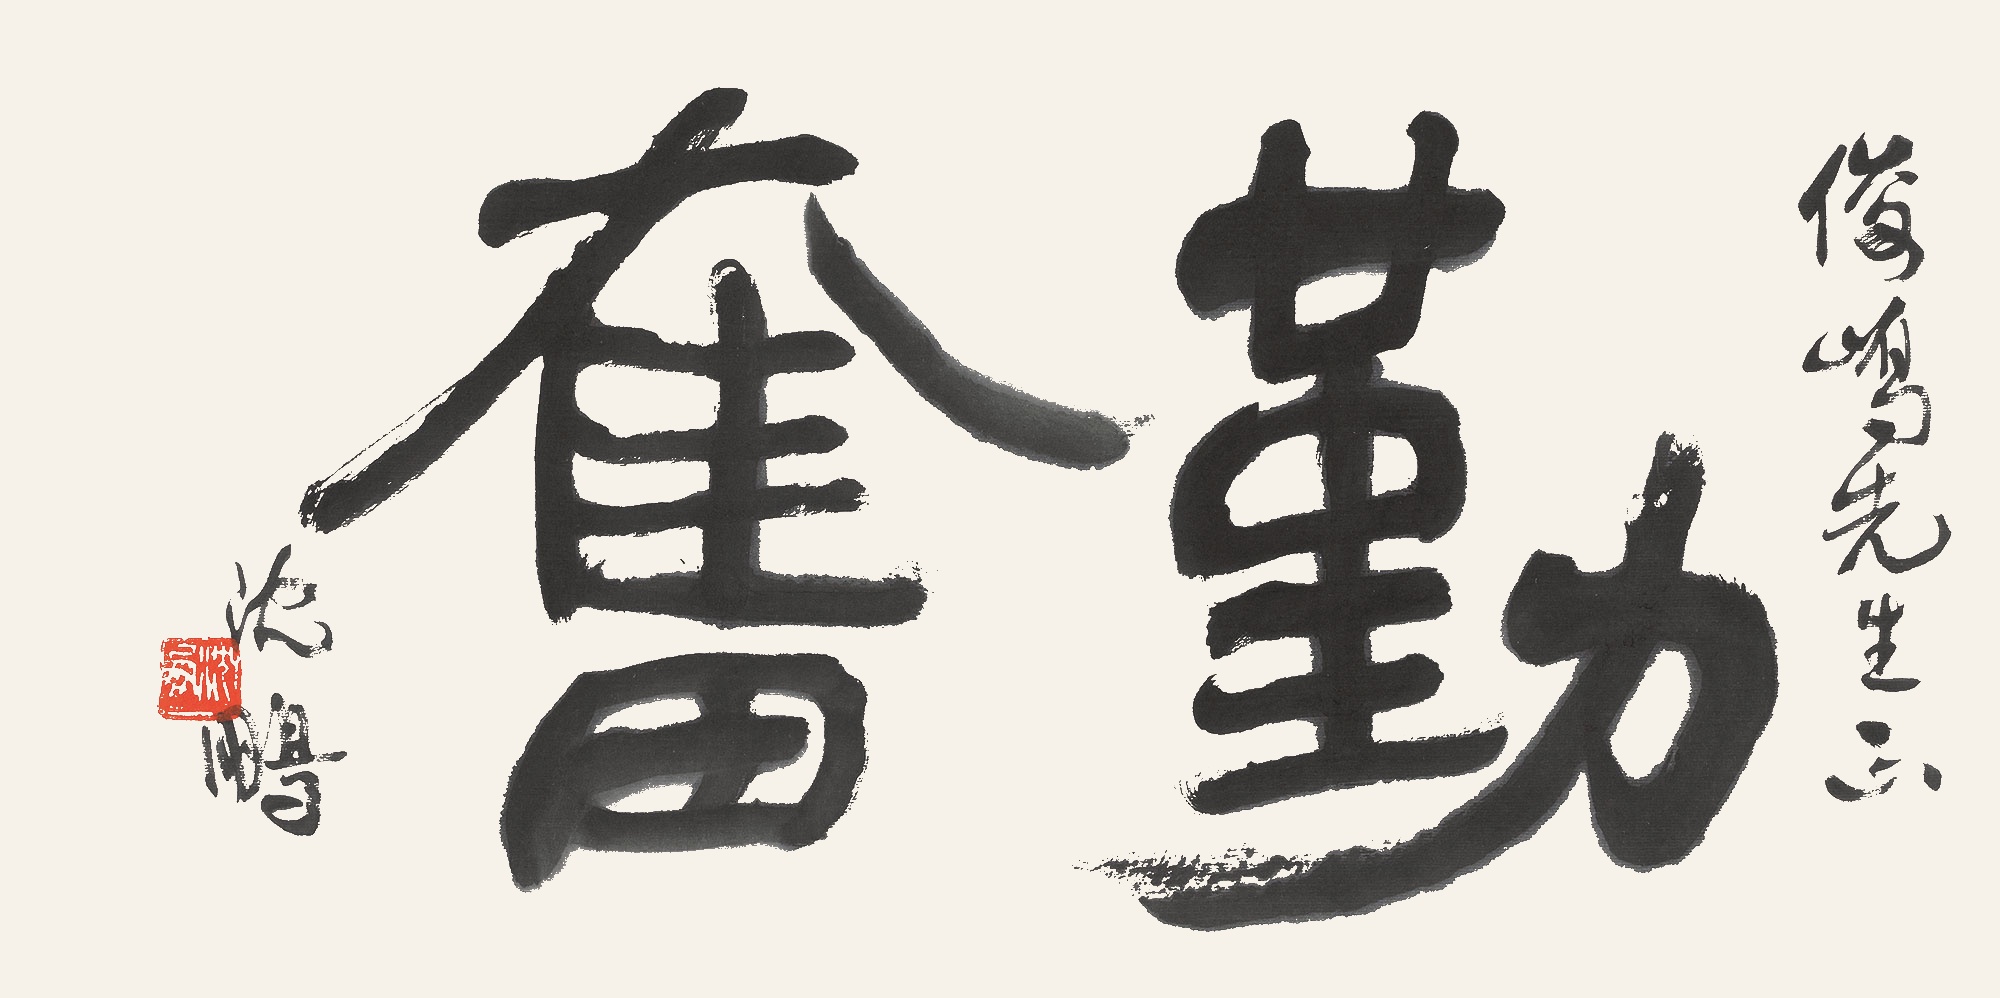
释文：勤奋俊峤先生正。沈鹏。